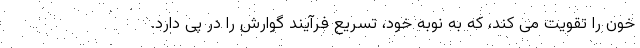
خون را تقویت می کند، که به نوبه خود، تسریع فرآیند گوارش را در پی دارد.